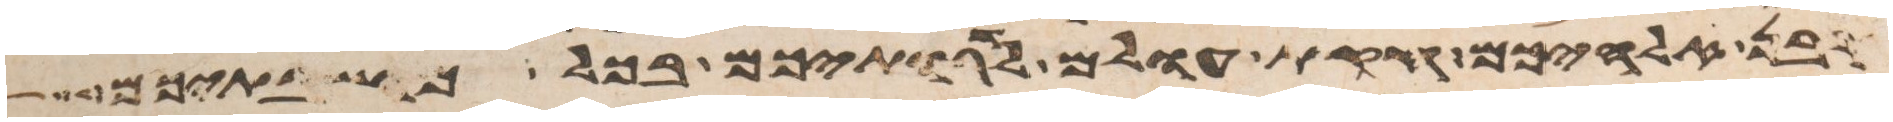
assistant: קרבן אלהיכם חקת עולם לדרתיכם בכל מושבתיכם